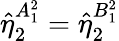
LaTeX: \hat{\eta}_{2}^{A_{1}^{2}}=\hat{\eta}_{2}^{B_{1}^{2}}